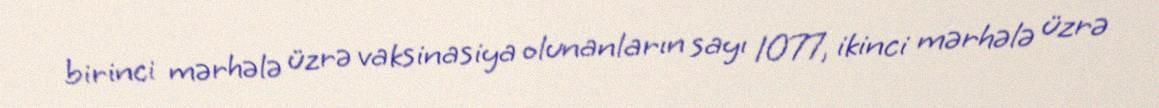
birinci mərhələ üzrə vaksinasiya olunanların sayı 1077, ikinci mərhələ üzrə